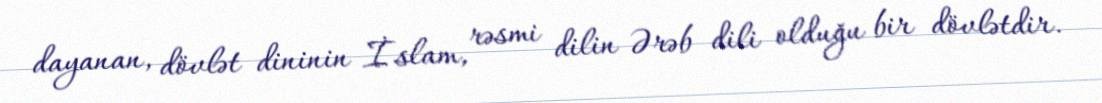
dayanan, dövlət dininin İslam, rəsmi dilin Ərəb dili olduğu bir dövlətdir.